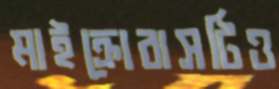
মাইক্রোবাসটিও